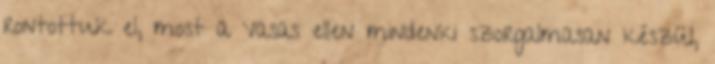
rontottuk el, most a Vasas ellen mindenki szorgalmasan készül,